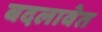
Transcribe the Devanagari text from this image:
बदलावेत